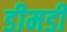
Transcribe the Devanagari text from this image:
डीमडी